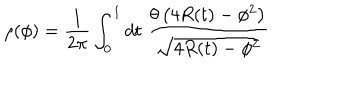
\rho ( \phi ) = \frac { 1 } { 2 \pi } \int _ { 0 } ^ { 1 } d t \; \frac { \theta \left( 4 R ( t ) - \phi ^ { 2 } \right) } { \sqrt { 4 R ( t ) - \phi ^ { 2 } } }